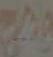
ومج